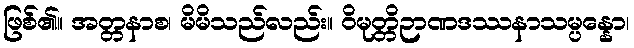
ဖြစ်၏။ အတ္တနာစ၊ မိမိသည်လည်း။ ဝိမုတ္တိဉာဏဒဿနာသမ္ပန္နော၊